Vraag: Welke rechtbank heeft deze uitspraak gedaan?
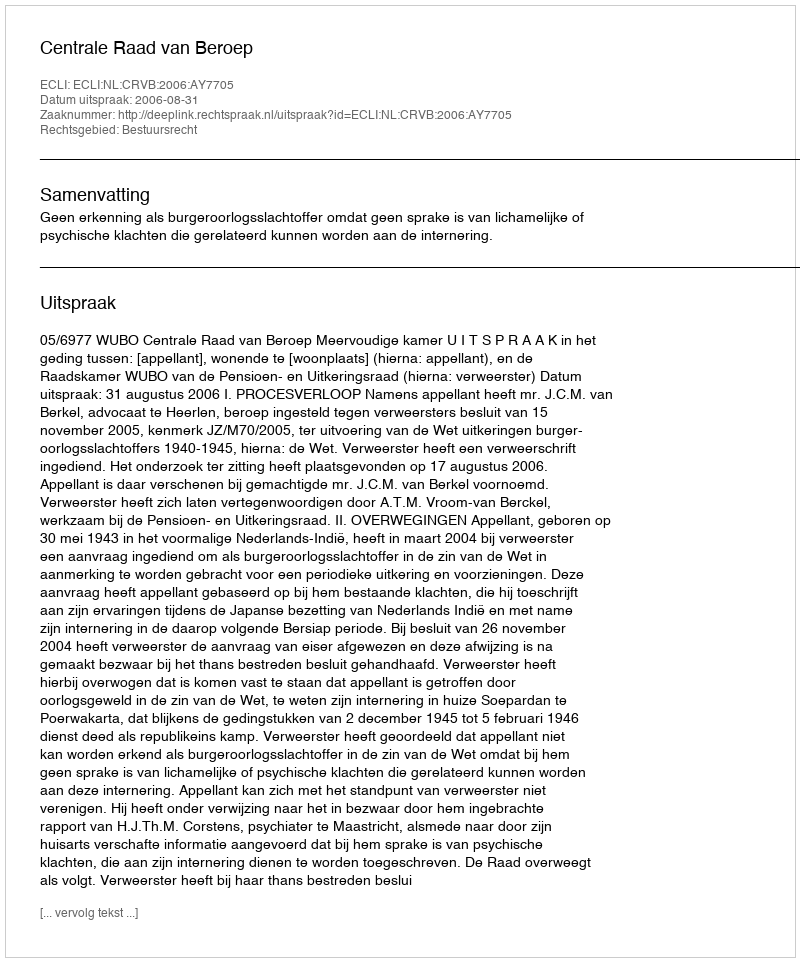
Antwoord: Centrale Raad van Beroep